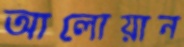
আলোয়ান